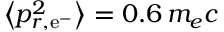
\big < p _ { r , \mathrm { e } ^ { - } } ^ { 2 } \big > = 0 . 6 \, m _ { e } c